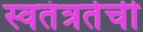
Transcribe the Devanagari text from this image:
स्वतंत्रतेची